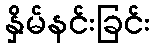
နှိမ်နင်းခြင်း